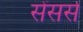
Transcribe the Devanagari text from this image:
सेंसर्स